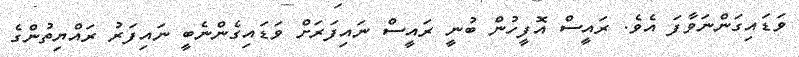
ވަޑައިގަންނަވާފަ އެވެ. ރައީސް އޮފީހުން ބުނީ ރައީސް ނައިފަރަށް ވަޑައިގެންނެބީ ނައިފަރު ރައްޔިތުންގެ